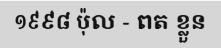
១៩៩៨ ប៉ុល - ពត ខ្លួន